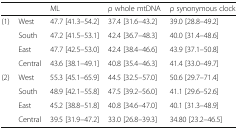
<table><thead><tr><td colspan="2"></td><td><b>ML</b></td><td><b>ρ whole mtDNA</b></td><td><b>ρ synonymous clock</b></td></tr></thead><tbody><tr><td rowspan="4">(1)</td><td>West</td><td>47.7 [41.3–54.2]</td><td>37.4 [31.6–43.2]</td><td>39.0 [28.8–49.2]</td></tr><tr><td>South</td><td>47.2 [41.5–53.1]</td><td>42.4 [36.7–48.3]</td><td>40.0 [31.4–48.6]</td></tr><tr><td>East</td><td>47.7 [42.5–53.0]</td><td>42.4 [38.4–46.6]</td><td>43.9 [37.1–50.8]</td></tr><tr><td>Central</td><td>43.6 [38.1–49.1]</td><td>40.8 [35.4–46.3]</td><td>41.4 [33.0–49.7]</td></tr><tr><td rowspan="4">(2)</td><td>West</td><td>55.3 [45.1–65.9]</td><td>44.5 [32.5–57.0]</td><td>50.6 [29.7–71.4]</td></tr><tr><td>South</td><td>48.9 [42.1–55.8]</td><td>47.5 [39.2–56.0]</td><td>41.1 [29.6–52.6]</td></tr><tr><td>East</td><td>45.2 [38.8–51.8]</td><td>40.8 [34.6–47.0]</td><td>40.1 [31.3–48.9]</td></tr><tr><td>Central</td><td>39.5 [31.9–47.2]</td><td>33.0 [26.8–39.3]</td><td>34.80 [23.2–46.5]</td></tr></tbody></table>